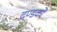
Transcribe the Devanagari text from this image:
दण्डकों